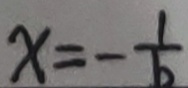
x = - \frac { 1 } { b }